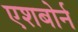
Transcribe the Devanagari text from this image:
एशबोर्न